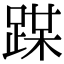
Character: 𨂏